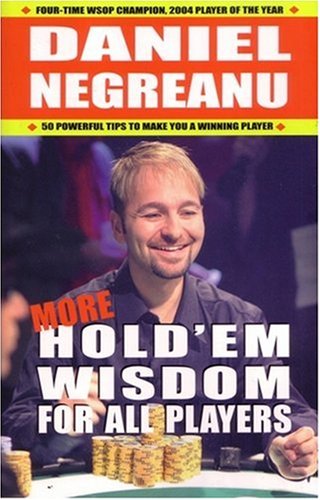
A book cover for More Hold'em Wisdom for all Players; Daniel Negreanu; Humor & Entertainment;